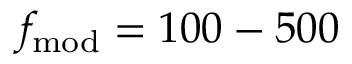
f _ { \mathrm { m o d } } = 1 0 0 - 5 0 0